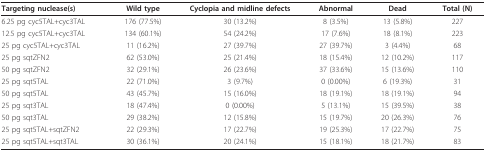
| Targeting nuclease(s) | Wild type | Cyclopia and midline defects | Abnormal | Dead | Total (N) |
 | --- | --- | --- | --- | --- | --- |
 | 6.25 pg cyc5TAL+cyc3TAL | 176 (77.5%) | 30 (13.2%) | 8 (3.5%) | 13 (5.8%) | 227 |
 | 12.5 pg cyc5TAL+cyc3TAL | 134 (60.1%) | 54 (24.2%) | 17 (7.6%) | 18 (8.1%) | 223 |
 | 25 pg cyc5TAL+cyc3TAL | 11 (16.2%) | 27 (39.7%) | 27 (39.7%) | 3 (4.4%) | 68 |
 | 25 pg sqtZFN2 | 62 (53.0%) | 25 (21.4%) | 18 (15.4%) | 12 (10.2%) | 117 |
 | 50 pg sqtZFN2 | 32 (29.1%) | 26 (23.6%) | 37 (33.6%) | 15 (13.6%) | 110 |
 | 25 pg sqt5TAL | 22 (71.0%) | 3 (9.7%) | 0 (0.00%) | 6 (19.3%) | 31 |
 | 50 pg sqt5TAL | 43 (45.7%) | 15 (16.0%) | 18 (19.1%) | 18 (19.1%) | 94 |
 | 25 pg sqt3TAL | 18 (47.4%) | 0 (0.00%) | 5 (13.1%) | 15 (39.5%) | 38 |
 | 50 pg sqt3TAL | 29 (38.2%) | 12 (15.8%) | 15 (19.7%) | 20 (26.3%) | 76 |
 | 25 pg sqt5TAL+sqtZFN2 | 22 (29.3%) | 17 (22.7%) | 19 (25.3%) | 17 (22.7%) | 75 |
 | 25 pg sqt5TAL+sqt3TAL | 30 (36.1%) | 20 (24.1%) | 15 (18.1%) | 18 (21.7%) | 83 |